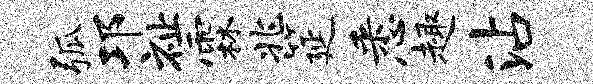
弧邛祉霖兆筵悉趣沾